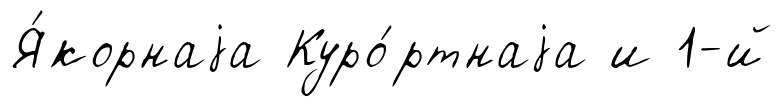
Я́корнаjа Куро́ртнаjа и 1-й